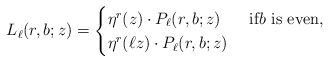
\begin{align*}L_\ell(r,b;z) = \begin{cases}\eta^r(z) \cdot P_\ell(r,b;z) & \text{ if$b$ is even,} \\ \eta^r(\ell z) \cdot P_\ell(r,b;z) & \end{cases} \end{align*}